画像に写った文字を読んでください
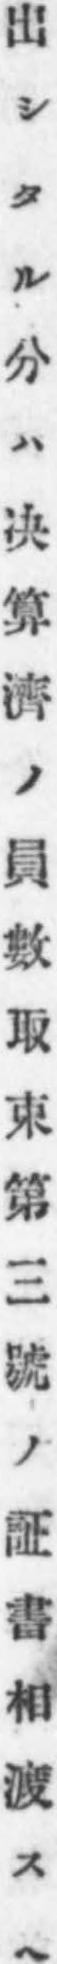
「出シタル分ハ决算濟ノ員數取束第三號ノ証書相渡スヘ」と書いてあります